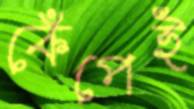
কেঁপেই